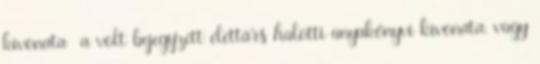
kivonata a volt bejegyzett élettárs halotti anyakönyvi kivonata, vagy